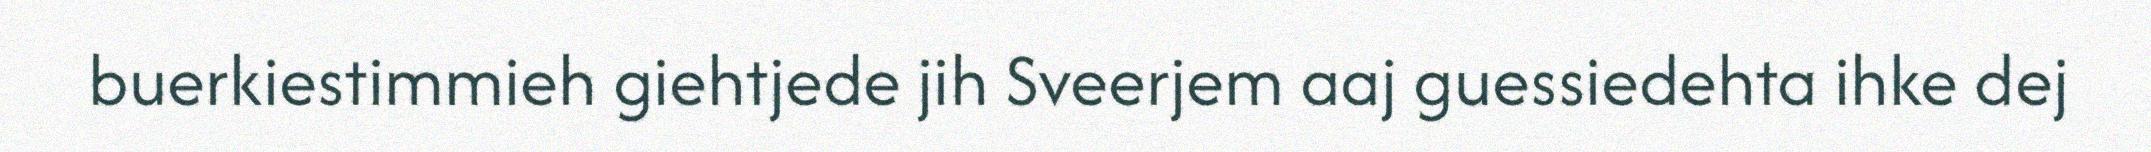
buerkiestimmieh giehtjede jih Sveerjem aaj guessiedehta ihke dej